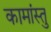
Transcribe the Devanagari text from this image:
कामांस्तु